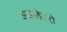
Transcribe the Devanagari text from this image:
असलेतरी